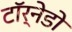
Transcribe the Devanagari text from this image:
टॉर्नेडो